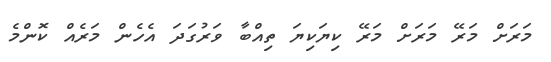
މަރަށް މަރޭ މަރަށް މަރޭ ކިޔަކިޔަ ތިއްބާ ވަރުގަދަ އެހެން މަރެއް ކޮންމެ